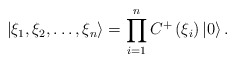
\begin{align*}\left| \xi _{1},\xi _{2},\ldots ,\xi _{n}\right\rangle=\prod_{i=1}^{n}C^{+}\left( \xi _{i}\right) \left| 0\right\rangle .\end{align*}